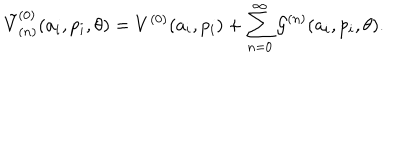
{ \tilde { V } } _ { ( n ) } ^ { ( 0 ) } ( a _ { i } , p _ { i } , \theta ) = V ^ { ( 0 ) } ( a _ { i } , p _ { i } ) + \sum _ { n = 0 } ^ { \infty } { \cal G } ^ { ( n ) } ( a _ { i } , p _ { i } , \theta ) .